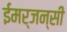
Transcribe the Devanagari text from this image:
ईमर्जन्सी